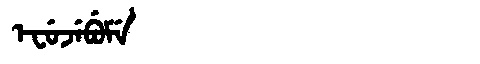
Manchu: ᡝᠸᡠᠵᡝᠪᡠᠮᡝ
Romanization: EFUJEBUME